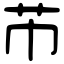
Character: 芇